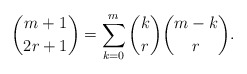
\begin{align*} \binom{m+1}{2r+1}=\sum_{k=0}^m \binom{k}{r}\binom{m-k}{r}.\end{align*}